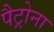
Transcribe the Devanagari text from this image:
पैट्रोना